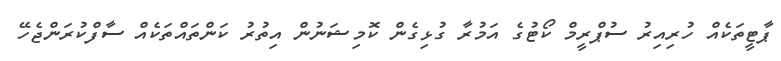
ޕާޓީތަކެއް ހުރިއިރު ސުޕްރީމް ކޯޓުގެ އަމުރާ ގުޅިގެން ކޮމިޝަނުން އިތުރު ކަންތައްތަކެއް ސާފްކުރަންޖެހޭ